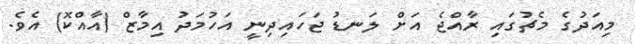
މިއަދުގެ މެޗުގައި ރާއްޖެ އަށް ލަނޑު ޖަހައިދިނީ އަހުމަދު އިމާޒް (އާއްކޮ) އެވެ.